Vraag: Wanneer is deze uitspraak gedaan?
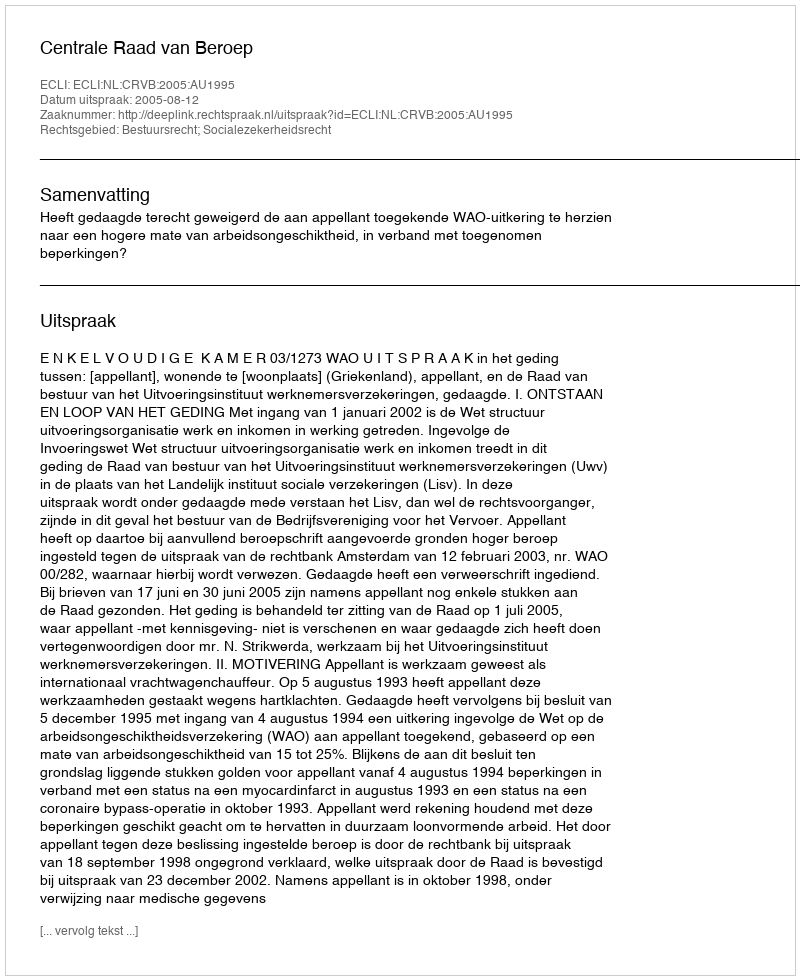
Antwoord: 2005-08-12